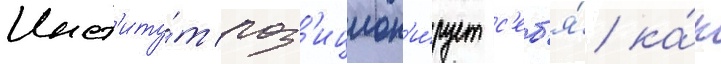
Инст'иту́т поз'ицион'и́рует с'еб'я́ ка́к